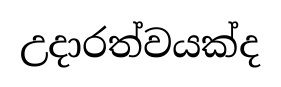
උදාරත්වයක්ද